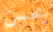
يحسن